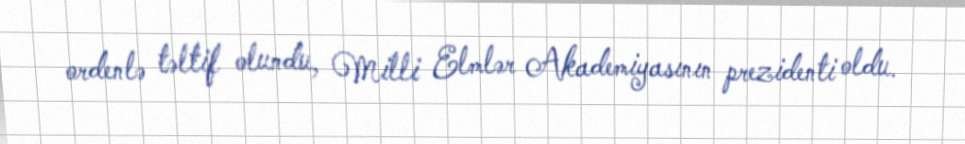
ordenlə təltif olundu, Milli Elmlər Akademiyasının prezidenti oldu.